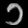
Digit: ၁